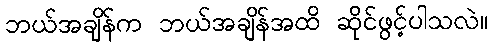
ဘယ်အချိန်က ဘယ်အချိန်အထိ ဆိုင်ဖွင့်ပါသလဲ။